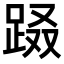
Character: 𨀝